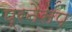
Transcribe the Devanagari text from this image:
प्रनेसप